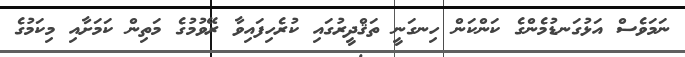
ނަމަވެސް އަޅުގަނޑުމެންގެ ކަންކަން ހިނގަނީ ތަޤްދީރުގައި ކުރެހިފައިވާ ރޭވުމުގެ މަތިން ކަމަށާއި މިކަމުގެ